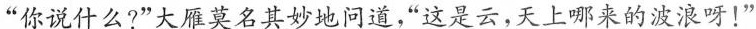
“你说什么?”大雁莫名其妙地问道，“这是云，天上哪来的波浪呀！”